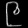
Digit: ၉